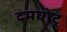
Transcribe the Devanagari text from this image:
दमघोटू